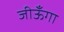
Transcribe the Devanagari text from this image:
जीऊँगा